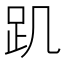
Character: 𧾾